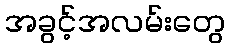
အခွင့်အလမ်းတွေ